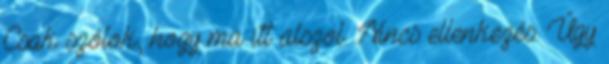
Csak szólok, hogy ma itt alszol. Nincs ellenkezés. Úgy